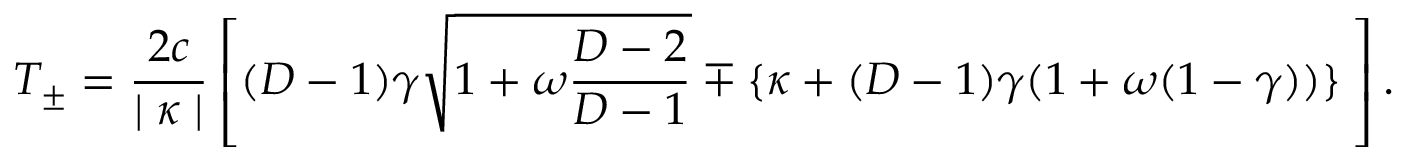
T _ { \pm } = \frac { 2 c } { \mid \kappa \mid } \left[ ( D - 1 ) \gamma \sqrt { 1 + \omega \frac { D - 2 } { D - 1 } } \mp \{ \kappa + ( D - 1 ) \gamma ( 1 + \omega ( 1 - \gamma ) ) \} \frac { } { } \right] .